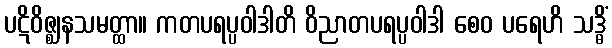
ပဋိဝိဇ္ဈနသမတ္ထာ။ ကတပရပ္ပဝါဒါတိ ဝိညာတပရပ္ပဝါဒါ စေဝ ပရေဟိ သဒ္ဓိံ